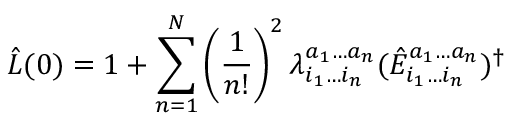
\hat { L } ( 0 ) = 1 + \sum _ { n = 1 } ^ { N } \left( \frac { 1 } { n ! } \right) ^ { 2 } \lambda _ { i _ { 1 } \ldots i _ { n } } ^ { a _ { 1 } \ldots a _ { n } } ( \hat { E } _ { i _ { 1 } \ldots i _ { n } } ^ { a _ { 1 } \ldots a _ { n } } ) ^ { \dagger }